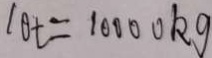
1 0 t = 1 0 0 0 0 k g